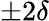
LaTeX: \pm 2\delta